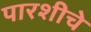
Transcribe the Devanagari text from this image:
पारशीचे